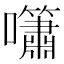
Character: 𡅣